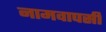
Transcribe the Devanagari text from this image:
नामवापसी